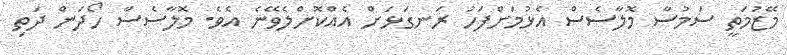
މޭޒުމަތީ ސަމުސާ މޮލާސެސް އެޅުމަށްފަހު ރަނގަޅަށް އެއްކޮށްލެވޭނެ އެވެ. މޮލާސެސް ހޯދަން ދަތި